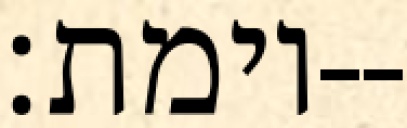
וימת׃--